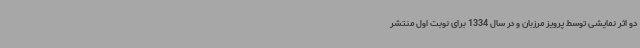
دو اثر نمایشی توسط پرویز مرزبان و در سال 1334 برای نوبت اول منتشر